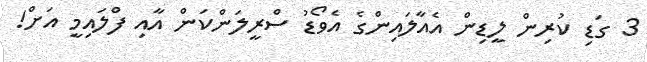
3 ގަޑި ކުރިން ލީޑިން އެއާލައިންގެ އެވޯޑު ސްރީލަންކަން އާއި ފްލައިމީ އަށް!